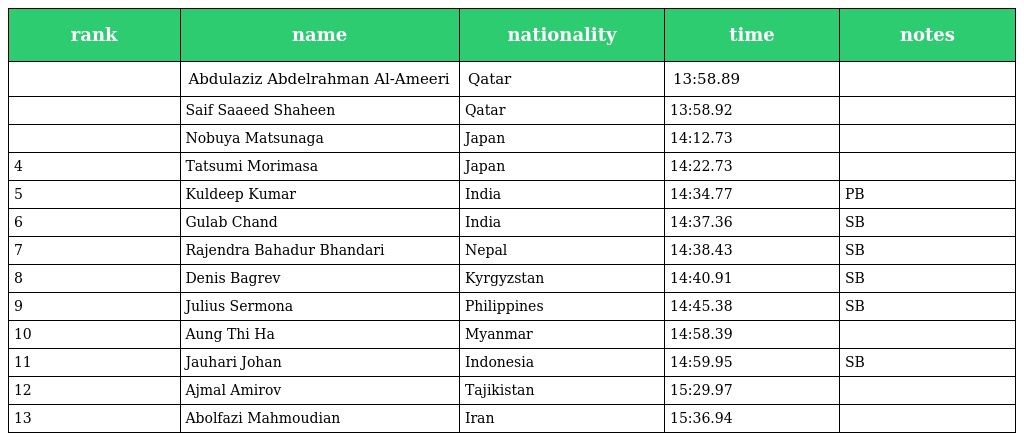
| rank | name | nationality | time | notes |
 | --- | --- | --- | --- | --- |
 |  | Abdulaziz Abdelrahman Al-Ameeri | Qatar | 13:58.89 |  |
 |  | Saif Saaeed Shaheen | Qatar | 13:58.92 |  |
 |  | Nobuya Matsunaga | Japan | 14:12.73 |  |
 | 4 | Tatsumi Morimasa | Japan | 14:22.73 |  |
 | 5 | Kuldeep Kumar | India | 14:34.77 | PB |
 | 6 | Gulab Chand | India | 14:37.36 | SB |
 | 7 | Rajendra Bahadur Bhandari | Nepal | 14:38.43 | SB |
 | 8 | Denis Bagrev | Kyrgyzstan | 14:40.91 | SB |
 | 9 | Julius Sermona | Philippines | 14:45.38 | SB |
 | 10 | Aung Thi Ha | Myanmar | 14:58.39 |  |
 | 11 | Jauhari Johan | Indonesia | 14:59.95 | SB |
 | 12 | Ajmal Amirov | Tajikistan | 15:29.97 |  |
 | 13 | Abolfazi Mahmoudian | Iran | 15:36.94 |  |